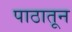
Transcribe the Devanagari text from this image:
पाठातून